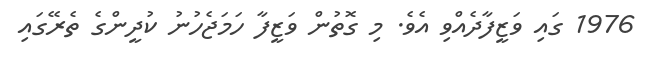
1976 ގައި ވަޒީފާދެއްވި އެވެ. މި ގޮތުން ވަޒީފާ ހަމަޖެހުނު ކުދީންގެ ތެރޭގައި